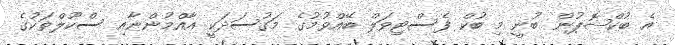
އެ ބުކްޝޮޕުން ބުނީ މި ބުކް ފެސްޓިވަލް ބޭއްވުމުގެ މަގުސަދަކީ އާއްމުންނާއި ސްކޫލްތަކުގެ